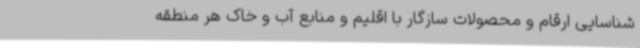
شناسایی ارقام و محصولات سازگار با اقلیم و منابع آب و خاک هر منطقه